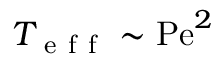
T _ { \mathrm { ~ e ~ f ~ f ~ } } \sim \mathrm { P e } ^ { 2 }